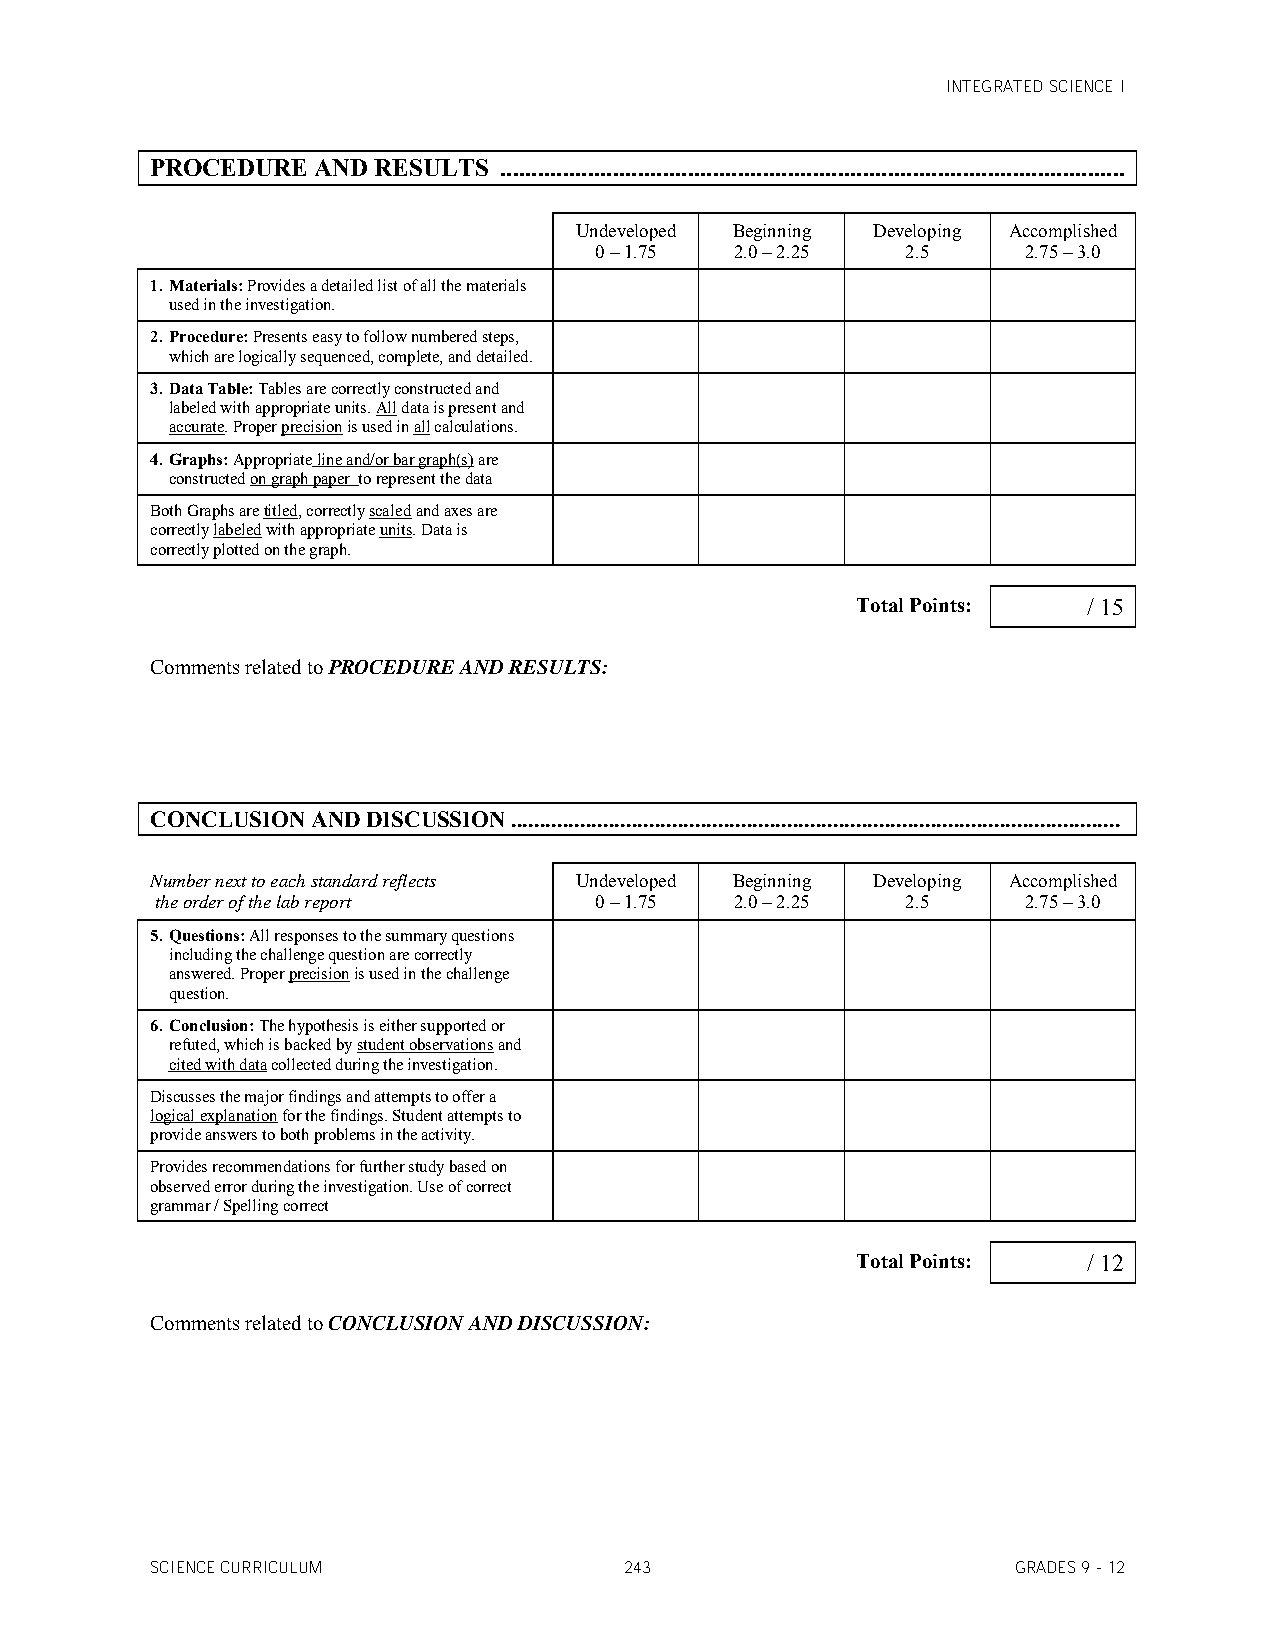
INTEGRATED SCIENCE I
 PROCEDURE  AND RESULTS ....................................................................................................
 Undeveloped Beginning Developing Accomplished
 0 – 1.75  2.0 – 2.25 2.5     2.75 – 3.0
 1. Materials: Provides a detailed list of all the materials
 used in the investigation.
 2. Procedure: Presents easy to follow numbered steps,
 which are logically sequenced, complete, and detailed.
 3. Data Table: Tables are correctly constructed and
 labeled with appropriate units. All data is present and
 accurate. Proper precision is used in all calculations.
 4. Graphs: Appropriate line and/or bar graph(s) are
 constructed on graph paper to represent the data
 Both Graphs are titled, correctly scaled and axes are
 correctly labeled with appropriate units. Data is
 correctly plotted on the graph.
 Total Points:  / 15
 Comments related to PROCEDURE AND RESULTS:
 CONCLUSION AND DISCUSSION ..........................................................................................................
 Number next to each standard reflects Undeveloped Beginning Developing Accomplished
 the order of the lab report  0 – 1.75  2.0 – 2.25 2.5     2.75 – 3.0
 5. Questions: All responses to the summary questions
 including the challenge question are correctly
 answered. Proper precision is used in the challenge
 question.
 6. Conclusion: The hypothesis is either supported or
 refuted, which is backed by student observations and
 cited with data collected during the investigation.
 Discusses the major findings and attempts to offer a
 logical explanation for the findings. Student attempts to
 provide answers to both problems in the activity.
 Provides recommendations for further study based on
 observed error during the investigation. Use of correct
 grammar / Spelling correct
 Total Points:  / 12
 Comments related to CONCLUSION AND DISCUSSION:
 SCIENCE CURRICULUM             243                       GRADES 9 - 12